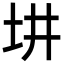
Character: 㘫